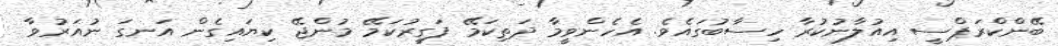
ބޭންކްރަޕްސީ އިއުލާނުކުރާ ހިސާބުގައެވެ. އެހެންވީމާ ދަތިކަމޭ ފަގީރުކަމޭ މުންޖޭ ކިޔައިގެން އަނގަ ނުއަރުވާ